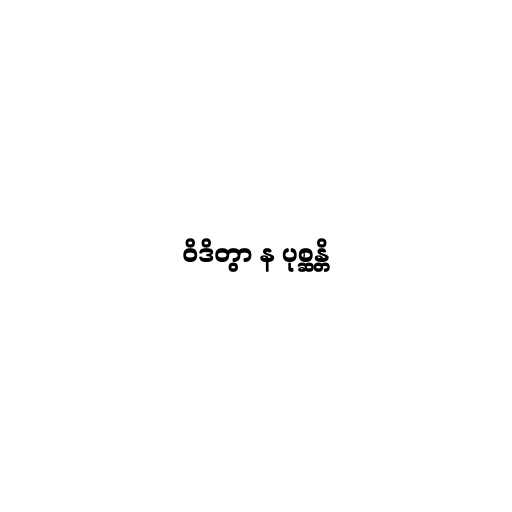
ဝိဒိတွာ န ပုစ္ဆန္တိ